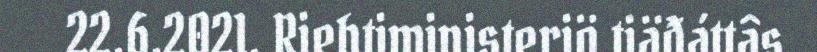
22.6.2021. Riehtiministeriö tiäđáttâs